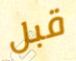
قبل